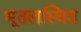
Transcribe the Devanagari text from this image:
भूतलस्थित